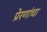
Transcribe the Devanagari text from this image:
प्रेरणांचा